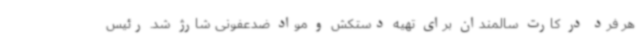
هر فرد در کارت سالمندان برای تهیه دستکش و مواد ضدعفونی شارژ شد. رئیس